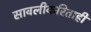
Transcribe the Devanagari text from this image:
सावलीकरिताही